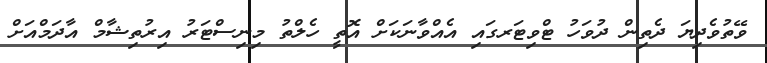
ވޭތުވެދިޔަ ދެތިން ދުވަހު ޓްވިޓަރގައި އެއްވާނަކަށް އޮތީ ހެލްތު މިނިސްޓަރު އިރުތިޝާމް އާދަމްއަށް